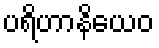
ပရိဟာနိယေဝ